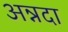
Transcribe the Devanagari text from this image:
अन्नदा